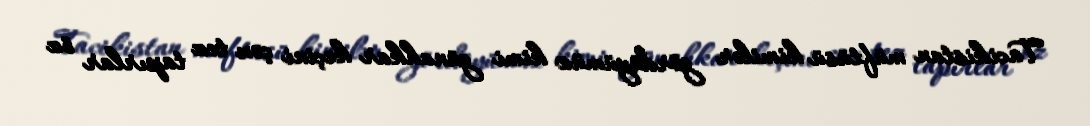
Tacikistan müftüsü kimilər gördüyümüz kimi günahkar keçini çox tez tapırlar öz